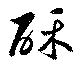
酥